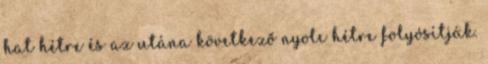
hat hétre és az utána következő nyolc hétre folyósítják.